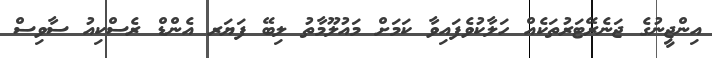
އިންޖީނުގެ ޖަނެރޭޓަރުތަކެއް ހަލާކުވެފައިވާ ކަމަށް މައުލޫމާތު ލިބޭ ފަޔަރ އެންޑް ރެސްކިއު ސާވިސް